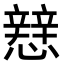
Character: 𢣑